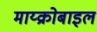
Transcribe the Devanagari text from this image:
माय्क्रोबाइल